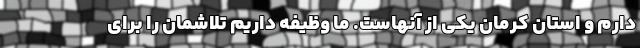
دارم و استان کرمان یکی از آنهاست. ما وظیفه داریم تلاشمان را برای